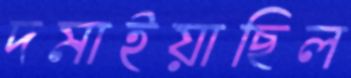
দমাইয়াছিল